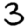
Digit: 3